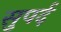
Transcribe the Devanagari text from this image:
सुपर्द